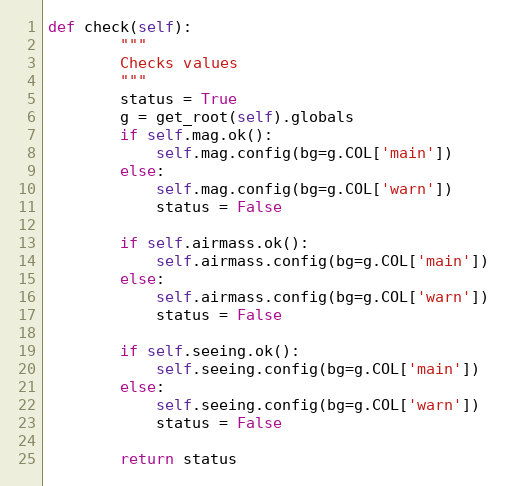
Language: Python
def check(self):
        """
        Checks values
        """
        status = True
        g = get_root(self).globals
        if self.mag.ok():
            self.mag.config(bg=g.COL['main'])
        else:
            self.mag.config(bg=g.COL['warn'])
            status = False

        if self.airmass.ok():
            self.airmass.config(bg=g.COL['main'])
        else:
            self.airmass.config(bg=g.COL['warn'])
            status = False

        if self.seeing.ok():
            self.seeing.config(bg=g.COL['main'])
        else:
            self.seeing.config(bg=g.COL['warn'])
            status = False

        return status